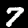
Label: 7